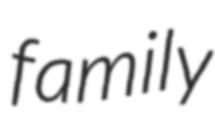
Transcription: family